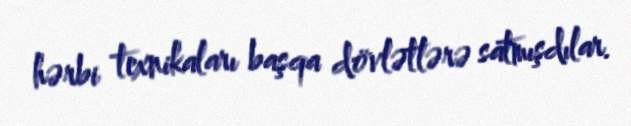
hərbi texnikaları başqa dövlətlərə satmışdılar.